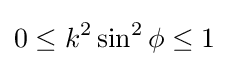
0\leq k^{2}\sin ^{2}\phi \leq 1